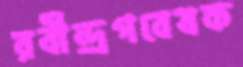
রবীন্দ্রগবেষক